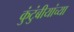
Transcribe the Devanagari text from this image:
कुंटुंबीयांच्या